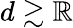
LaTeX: d\gtrsim\mathbb{R}